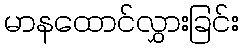
မာနထောင်လွှားခြင်း